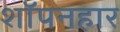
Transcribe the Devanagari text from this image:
शॉपनहार